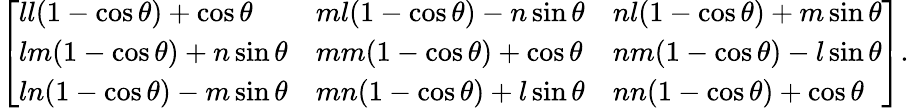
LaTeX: {\left[\begin{array}{lll}{ll(1-\cos\theta)+\cos\theta}&{ml(1-\cos\theta)-n\sin\theta}&{nl(1-\cos\theta)+m\sin\theta}\\ {lm(1-\cos\theta)+n\sin\theta}&{mm(1-\cos\theta)+\cos\theta}&{nm(1-\cos\theta)-l\sin\theta}\\ {ln(1-\cos\theta)-m\sin\theta}&{mn(1-\cos\theta)+l\sin\theta}&{nn(1-\cos\theta)+\cos\theta}\end{array}\right]}.